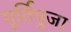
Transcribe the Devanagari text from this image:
मूर्तिपुजा